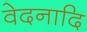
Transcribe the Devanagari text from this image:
वेदनादि